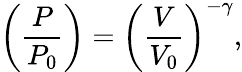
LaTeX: \left({\frac{P}{P_{0}}}\right)=\left({\frac{V}{V_{0}}}\right)^{-\gamma},